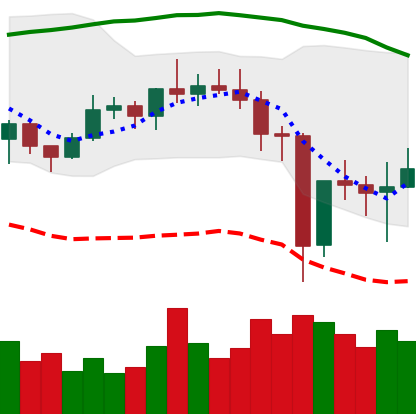
Ticker: NEO-USD
Chart end date: 2020-12-28
Forward return: -7.493%
Label: down_7plus